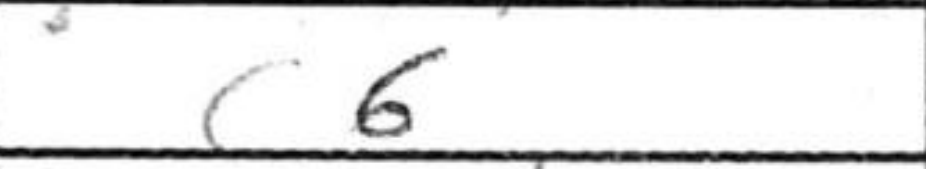
Transcription: c6